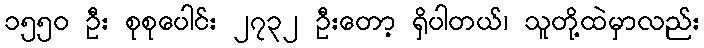
၁၅၅၀ ဦး စုစုပေါင်း ၂၇၃၂ ဦးတော့ ရှိပါတယ်၊ သူတို့ထဲမှာလည်း